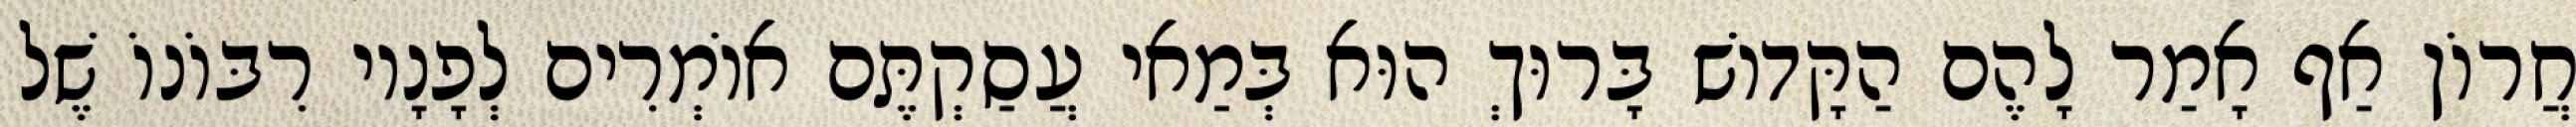
חֲרוֹן אַף אָמַר לָהֶם הַקָּדוֹשׁ בָּרוּךְ הוּא בְּמַאי עֲסַקְתֶּם אוֹמְרִים לְפָנָיו רִבּוֹנוֹ שֶׁל